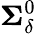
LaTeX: \mathbf{\Sigma}_{\delta}^{0}